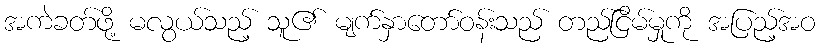
အကဲခတ်ဖို့ မလွယ်သည့် သူ၏ မျက်နှာတော်ဝန်းသည် တည်ငြိမ်မှုကို အပြည့်အဝ